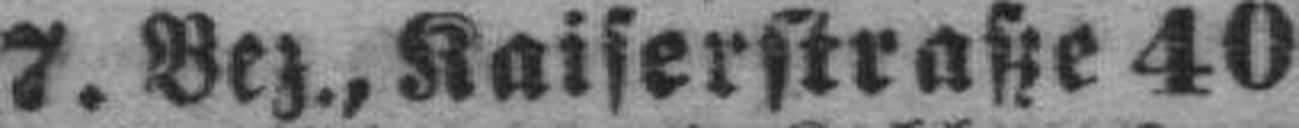
7. Bez., Kaiserstraße 40